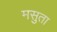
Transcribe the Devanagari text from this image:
मसुता